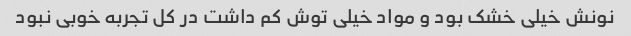
نونش خیلی خشک بود و مواد خیلی توش کم داشت در کل تجربه خوبی نبود